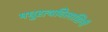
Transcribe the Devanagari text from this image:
मधुरत्थविलासिनी